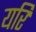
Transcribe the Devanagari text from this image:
यरि